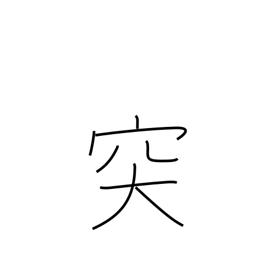
Meaning: protruding